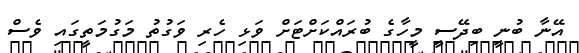
އޭނާ ބުނީ ބިދޭސީ މީހާގެ ބުރައްކަށްޓަށް ވަޅި ހެރި ވަގުތު މަގުމަތީގައި ވެސް